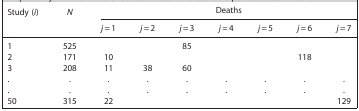
| Study (i) | N | <COLSPAN=7> Deaths |
 |  |  | j = 1 | j = 2 | j = 3 | j = 4 | j = 5 | j = 6 | j = 7 |
 | --- | --- | --- | --- | --- | --- | --- | --- | --- |
 | 1 | 525 |  |  | 85 |  |  |  |  |
 | 2 | 171 | 10 |  |  |  |  | 118 |  |
 | 3 | 208 | 11 | 38 | 60 |  |  |  |  |
 | . | . | . | . | . | . | . | . | . |
 | . | . | . | . | . | . | . | . | . |
 | 50 | 315 | 22 |  |  |  |  |  | 129 |